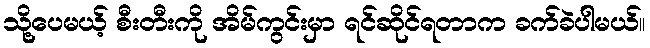
သို့ပေမယ့် စီးတီးကို အိမ်ကွင်းမှာ ရင်ဆိုင်ရတာက ခက်ခဲပါမယ်။